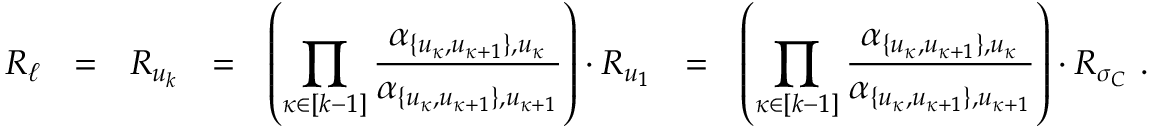
R _ { \ell } ~ ~ = ~ ~ R _ { u _ { k } } ~ ~ = ~ ~ \left( \prod _ { \kappa \in [ k - 1 ] } \frac { \alpha _ { \{ u _ { \kappa } , u _ { \kappa + 1 } \} , u _ { \kappa } } } { \alpha _ { \{ u _ { \kappa } , u _ { \kappa + 1 } \} , u _ { \kappa + 1 } } } \right) \cdot R _ { u _ { 1 } } ~ ~ = ~ ~ \left( \prod _ { \kappa \in [ k - 1 ] } \frac { \alpha _ { \{ u _ { \kappa } , u _ { \kappa + 1 } \} , u _ { \kappa } } } { \alpha _ { \{ u _ { \kappa } , u _ { \kappa + 1 } \} , u _ { \kappa + 1 } } } \right) \cdot R _ { \sigma _ { C } } \ .